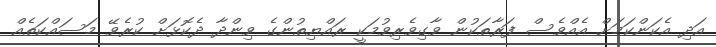
އަދި އެކަންކަމަށް އެއްވެސް ފަރާތަކުން ވާގިވެރިވުމަކީ ރައްޔިތުންގެ ވިންދާ ދެކޮޅަށް ކުރެވޭ މަސައްކަތެއް